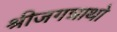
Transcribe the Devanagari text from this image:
श्रीजगन्नाथो